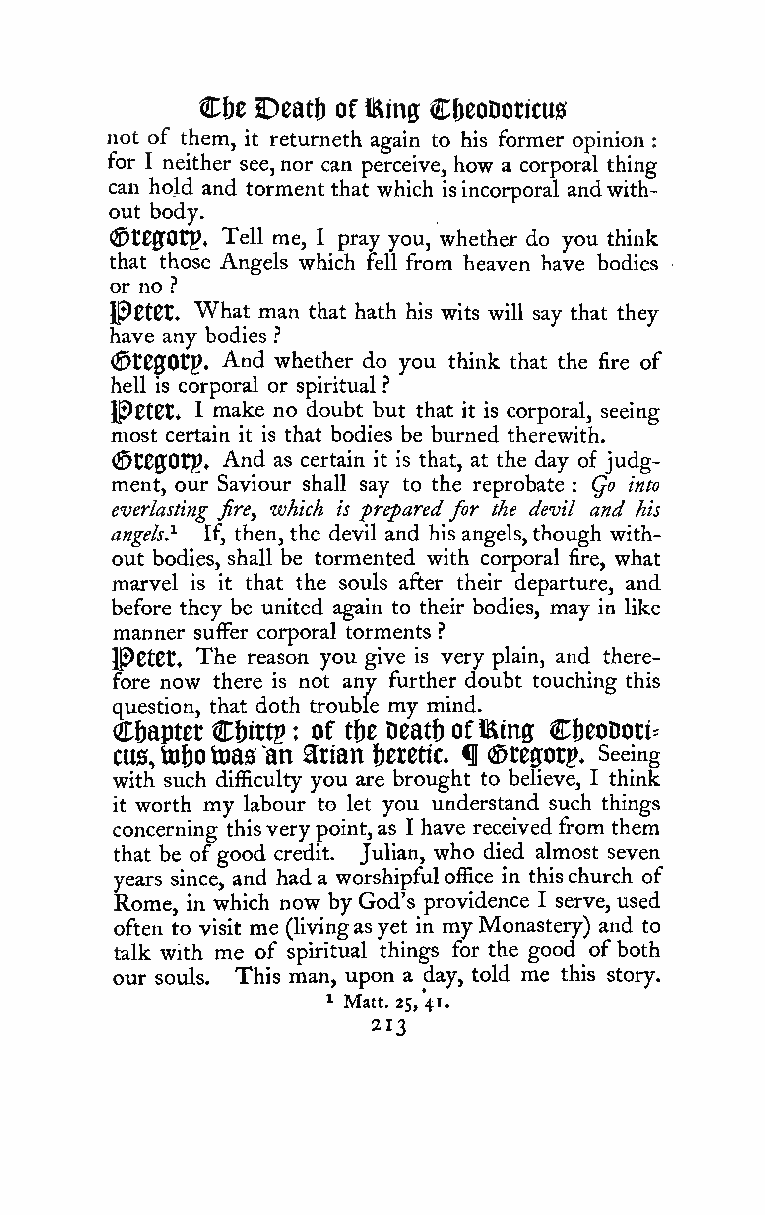
Ci)c Deatt) of I^ing CbcoDoticus
 not of them, it returneth again to his former opinion :
 for I neither see,nor can perceive, how a corporal thing
 can hold and torment that which isincorporal andwith-
 out body.
 (StCffOtp. Tell me, I pray you, whether do you think
 that those Angels which fell from heaven have bodies
 or no ?
 l^etCt, What man that hath his wits will say that they
 have any bodies ?
 (StfgOtp. And whether do you think that the fire of
 hell is corporal or spiritual ?
 JP0t0t, I make no doubt but that it is corporal, seeing
 most certain it is that bodies be burned therewith.
 ®t00Otp. And as certain it is that, at the day of judg-
 ment, our Saviour shall say to the reprobate : Qo into
 everlasting fire., which is preparedfor the devil and his
 angels.^ If, then, the devil and his angels, though with-
 out bodies, shall be tormented with corporal fire, what
 marvel is it that the souls after their departure, and
 before they be united again to their bodies, may in like
 manner suffer corporal torments .''
 l^CtCt. The reason you give is very plain, and there-
 fore now there is not any further doubt touching this
 question, that doth trouble my mind.
 C&aptet Cfjittp : of tt)e Deatf) offiling: CbeoDori^
 cus,toftotoasan arian betetic. ^ (Steptg. Seeing
 with such difficulty you are brought to believe, I think
 it worth my labour to let you understand such things
 concerning thisverypoint,as I have received from them
 that be ofgood credit. Julian, who died almost seven
 years since, and had a worshipfuloffice in thischurch of
 Rome, in which now by God's providence I serve, used
 often to visit me (livingasyet in myMonastery) and to
 talk with me of spiritual things for the good of both
 our souls. This man, upon a day, told me this story.
 * Matt. 25, 41.
 213